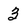
Character: 3